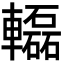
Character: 𨏒